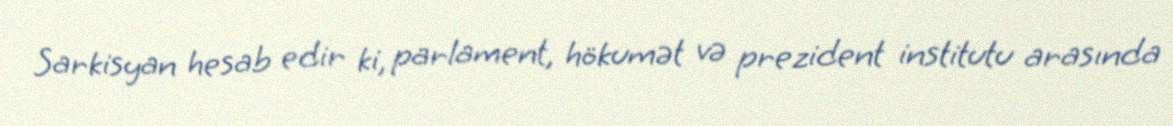
Sarkisyan hesab edir ki, parlament, hökumət və prezident institutu arasında